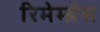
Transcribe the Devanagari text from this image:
रिमेम्ब्रेंस